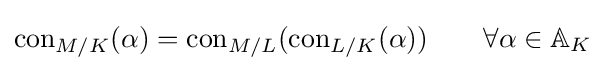
\operatorname {con} _{M/K}(\alpha )=\operatorname {con} _{M/L}(\operatorname {con} _{L/K}(\alpha ))\qquad \forall \alpha \in \mathbb {A} _{K}